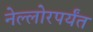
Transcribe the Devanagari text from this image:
नेल्लोरपर्यंत